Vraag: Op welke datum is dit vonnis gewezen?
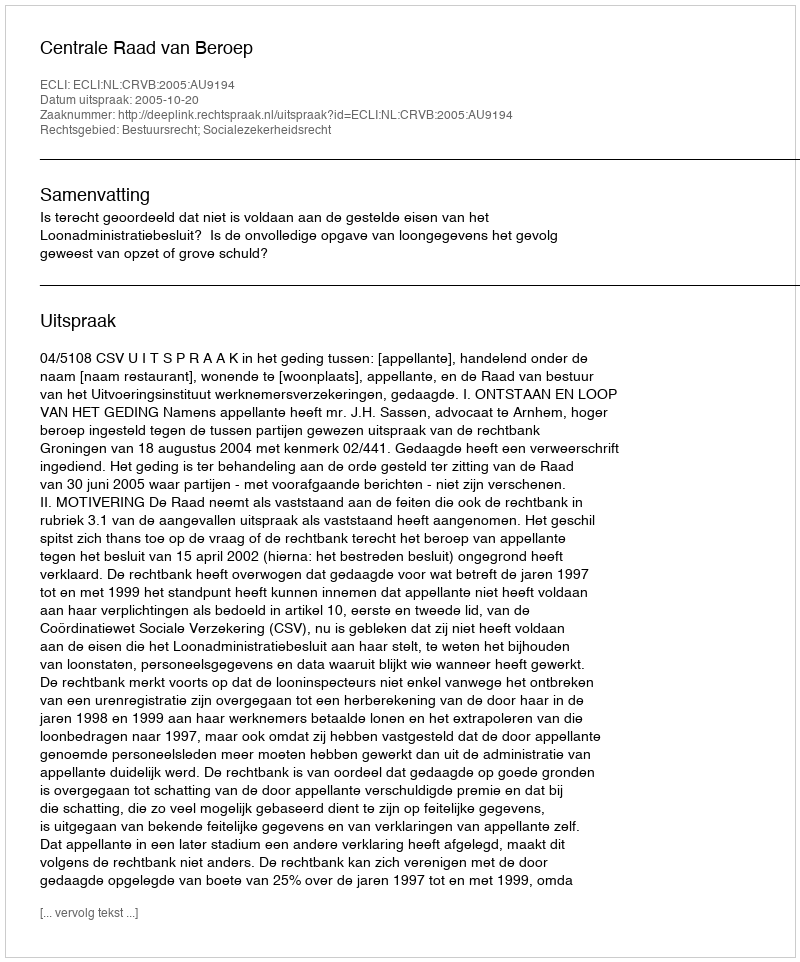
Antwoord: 2005-10-20